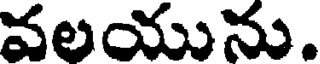
వలయును.